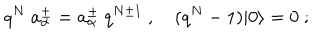
q ^ { N } \ a _ { \alpha } ^ { \pm } = a _ { \alpha } ^ { \pm } \ q ^ { N \pm 1 } \ , \quad ( q ^ { N } - 1 ) \vert 0 \rangle = 0 \ ;